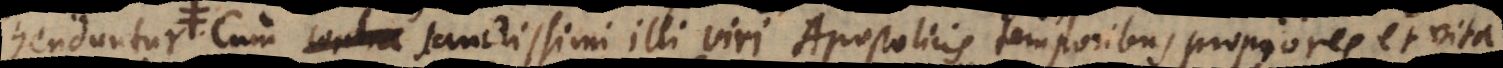
praestaret, cum sanctissimi illi viri Apostolicis temporibus propiores, et vita